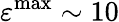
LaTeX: \varepsilon^{\mathrm{max}}\sim 10